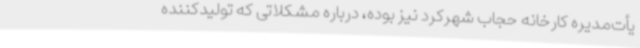
یأت‌مدیره کارخانه حجاب شهرکرد نیز بوده، درباره مشکلاتی که تولیدکننده